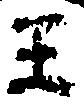
王